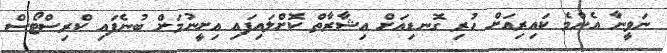
ނަވީނާ އެންމެ ކައިރިއަށް ހުރި ގޮނޑިއަށް އިޝާރާތް ކޮށްލައިފައި އިށީނުމަށް ބުނެފައި ކްރިސްޓޯސް